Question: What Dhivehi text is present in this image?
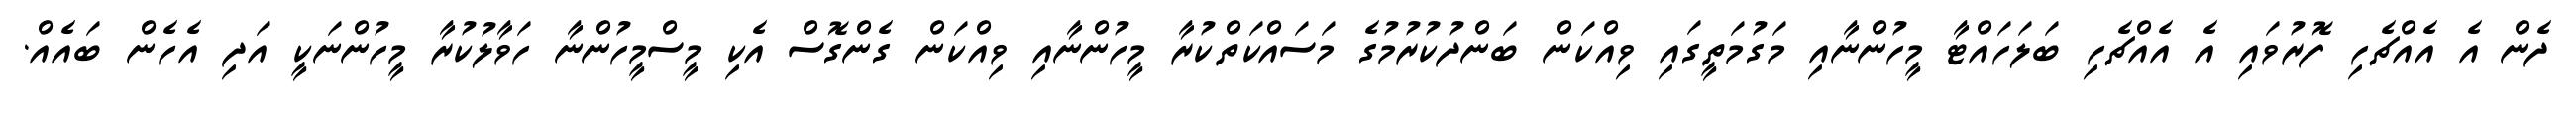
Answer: ދެން އެ އެއްޗެހި ފޮރުވައި އެ އެއްޗެހި ބަލަހައްޓާ މީހުންނާއި މަގުމަތީގައި ވިއްކަން ބަންދުކުރުމުގެ މަސައްކަތްކުރާ މީހުންނާއި ވިއްކަން ގެންގޮސް އެކި މީސްމީހުންނާ ހަވާލުކުރާ މީހުންނަކީ އަދި އެހެން ބައެއް.